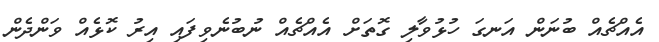
އެއްޗެއް ބުނަން އަނގަ ހުޅުވާލި ގޮތަށް އެއްޗެއް ނުބުނެވިފައި އިރު ކޮޅެއް ވަންދެން